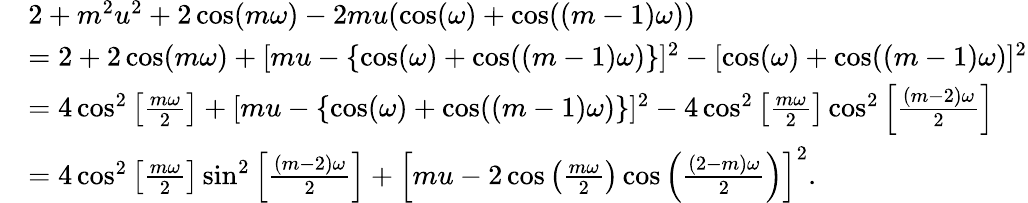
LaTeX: \begin{array}{rl}&{2+m^{2}u^{2}+2\cos(m\omega)-2mu(\cos(\omega)+\cos((m-1)\omega))}\\ &{=2+2\cos(m\omega)+[mu-\{ \cos(\omega)+\cos((m-1)\omega)\} ]^{2}-[\cos(\omega)+\cos((m-1)\omega)]^{2}}\\ &{=4\cos^{2}\left[\frac{m\omega}{2}\right]+[mu-\{ \cos(\omega)+\cos((m-1)\omega)\} ]^{2}-4\cos^{2}\left[\frac{m\omega}{2}\right]\cos^{2}\left[\frac{(m-2)\omega}{2}\right]}\\ &{=4\cos^{2}\left[\frac{m\omega}{2}\right]\sin^{2}\left[\frac{(m-2)\omega}{2}\right]+\left[mu-2\cos\left(\frac{m\omega}{2}\right)\cos\left(\frac{(2-m)\omega}{2}\right)\right]^{2}.}\end{array}